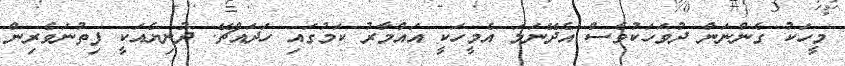
މީހަކު ގެންނަން ދުވަހަކުވެސް އެދޭނަމަ އެމީހަކީ އައްމާރު ކަމުގައި ހަދައްޗޭ. ދުނިޔެއަކީ ފިތުނަވެރިން